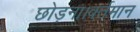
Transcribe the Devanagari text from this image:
छोड़ना।वर्तमान